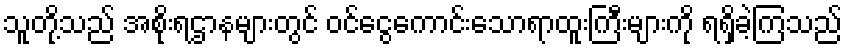
သူတို့သည် အစိုးရဌာနများတွင် ဝင်ငွေကောင်းသောရာထူးကြီးများကို ရရှိခဲ့ကြသည်